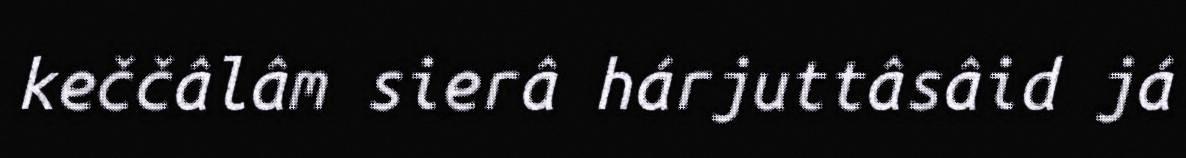
keččâlâm sierâ hárjuttâsâid já